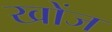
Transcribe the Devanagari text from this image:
खोंज